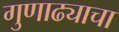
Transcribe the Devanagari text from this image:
गुणाढ्याचा